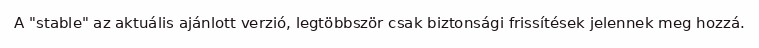
A "stable" az aktuális ajánlott verzió, legtöbbször csak biztonsági frissítések jelennek meg hozzá.